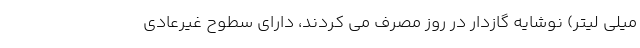
میلی لیتر) نوشایه گازدار در روز مصرف می کردند، دارای سطوح غیرعادی